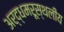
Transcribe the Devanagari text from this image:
अर्द्धमरूस्थलीय